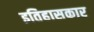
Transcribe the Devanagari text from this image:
इतिहासकार